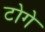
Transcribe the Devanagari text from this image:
टोगे